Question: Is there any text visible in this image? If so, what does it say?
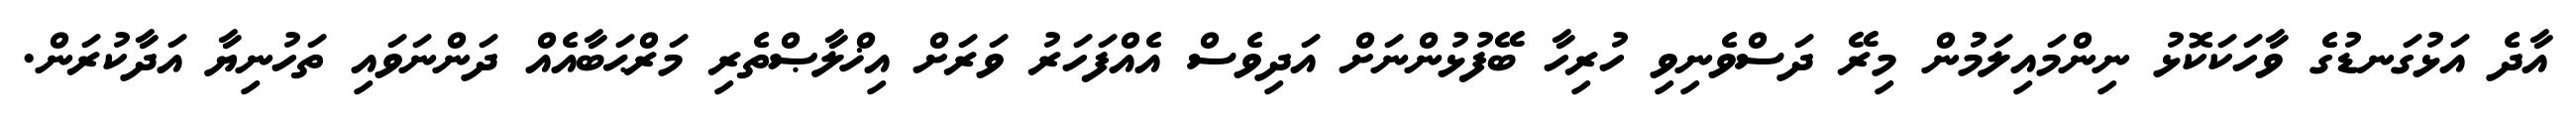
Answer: އާދެ އަޅުގަނޑުގެ ވާހަކަކޮޅު ނިންމައިލަމުން މިރޭ ދަސްވެނިވި ހުރިހާ ބޭފުޅުންނަށް އަދިވެސް އެއްފަހަރު ވަރަށް އިޚްލާޞްތެރި މަރްޙަބާއެއް ދަންނަވައި ތަހުނިޔާ އަދާކުރަން.